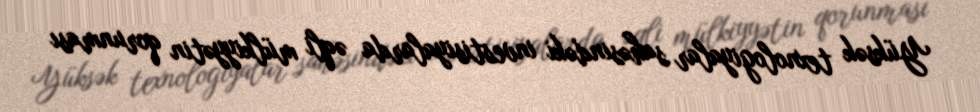
Yüksək texnologiyalar sahəsindəki investisiyalarda əqli mülkiyyətin qorunması